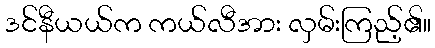
ဒင်နီယယ်က ကယ်လီအား လှမ်းကြည့်၏။